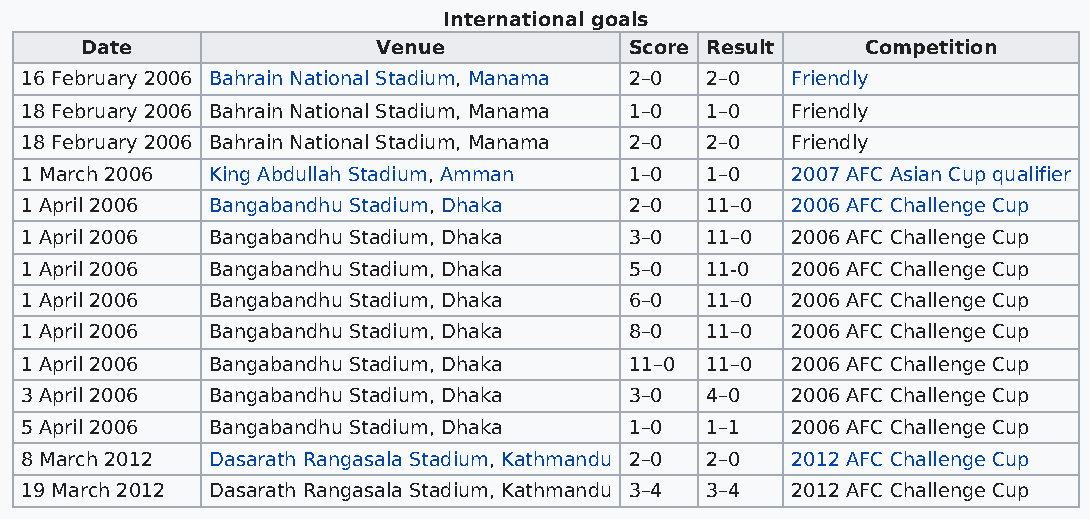
International goals
 Date                Venue            Score Result   Competition
 16 February 2006 Bahrain National Stadium, Manama 2–0 2–0 Friendly
 18 February 2006 Bahrain National Stadium, Manama 1–0 1–0 Friendly
 18 February 2006 Bahrain National Stadium, Manama 2–0 2–0 Friendly
 1 March 2006 King Abdullah Stadium, Amman 1–0 1–0  2007 AFC Asian Cup qualifier
 1 April 2006 Bangabandhu Stadium, Dhaka  2–0  11–0 2006 AFC Challenge Cup
 1 April 2006 Bangabandhu Stadium, Dhaka  3–0  11–0 2006 AFC Challenge Cup
 1 April 2006 Bangabandhu Stadium, Dhaka  5–0  11-0 2006 AFC Challenge Cup
 1 April 2006 Bangabandhu Stadium, Dhaka  6–0  11–0 2006 AFC Challenge Cup
 1 April 2006 Bangabandhu Stadium, Dhaka  8–0  11–0 2006 AFC Challenge Cup
 1 April 2006 Bangabandhu Stadium, Dhaka  11–0 11–0 2006 AFC Challenge Cup
 3 April 2006 Bangabandhu Stadium, Dhaka  3–0  4–0  2006 AFC Challenge Cup
 5 April 2006 Bangabandhu Stadium, Dhaka  1–0  1–1  2006 AFC Challenge Cup
 8 March 2012 Dasarath Rangasala Stadium, Kathmandu 2–0 2–0 2012 AFC Challenge Cup
 19 March 2012 Dasarath Rangasala Stadium, Kathmandu 3–4 3–4 2012 AFC Challenge Cup